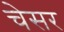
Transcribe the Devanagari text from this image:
चेसर